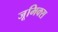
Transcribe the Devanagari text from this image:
जूमिक्स